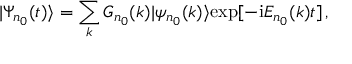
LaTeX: | \Psi _ { n _ { 0 } } ( t ) \rangle = \sum _ { k } G _ { n _ { 0 } } ( k ) | \psi _ { n _ { 0 } } ( k ) \rangle \mathrm { e x p } [ - \mathrm { i } E _ { n _ { 0 } } ( k ) t ] \, ,